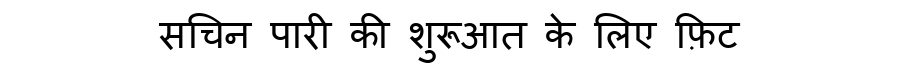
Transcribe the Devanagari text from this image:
सचिन पारी की शुरूआत के लिए फ़िट